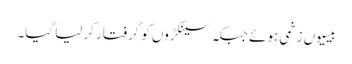
بیسیوں زخمی ہوئے جبکہ سینکڑوں کو گرفتار کر لیا گیا۔